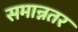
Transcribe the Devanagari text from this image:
समान्नतर